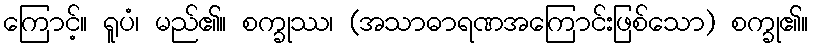
ကြောင့်။ ရူပံ၊ မည်၏။ စက္ခုဿ၊ (အသာဓာရဏအကြောင်းဖြစ်သော) စက္ခု၏။